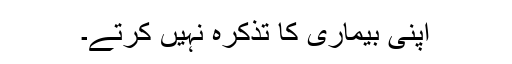
اپنی بیماری کا تذکرہ نہیں کرتے۔